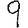
Digit: 9